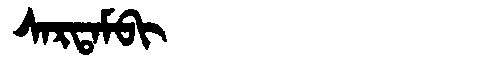
Manchu: ᠰᠠᡵᡨᠠᠮᠪᡳ
Romanization: SARTAMBI